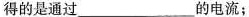
得的是通过___的电流；